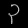
Digit: ၃